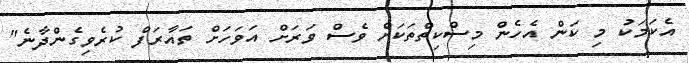
އެކަމަކު މި ކަން އެހެން މިސްކިތްތަކަށް ވެސް ވަރަށް އަވަހަށް ތައާރަފް ކުރެވިގެންދާނެ"